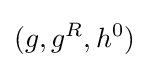
(g,g^{R},h^{0})